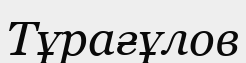
Тұрағұлов